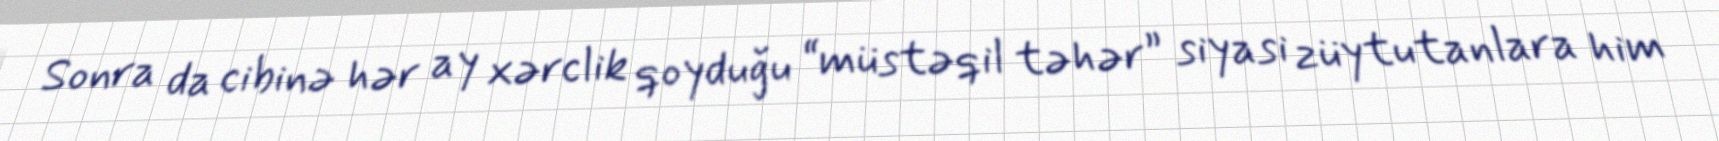
Sonra da cibinə hər ay xərclik qoyduğu “müstəqil təhər” siyasi züytutanlara him